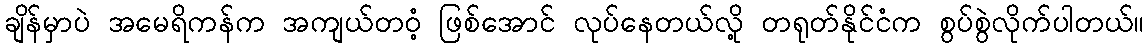
ချိန်မှာပဲ အမေရိကန်က အကျယ်တဝံ့ ဖြစ်အောင် လုပ်နေတယ်လို့ တရုတ်နိုင်ငံက စွပ်စွဲလိုက်ပါတယ်။